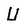
Character: U